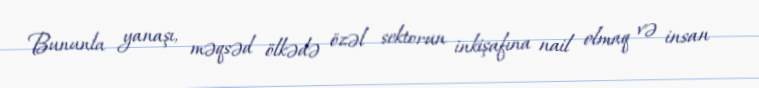
Bununla yanaşı, məqsəd ölkədə özəl sektorun inkişafına nail olmaq və insan